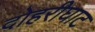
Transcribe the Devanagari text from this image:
दोहरीघाट